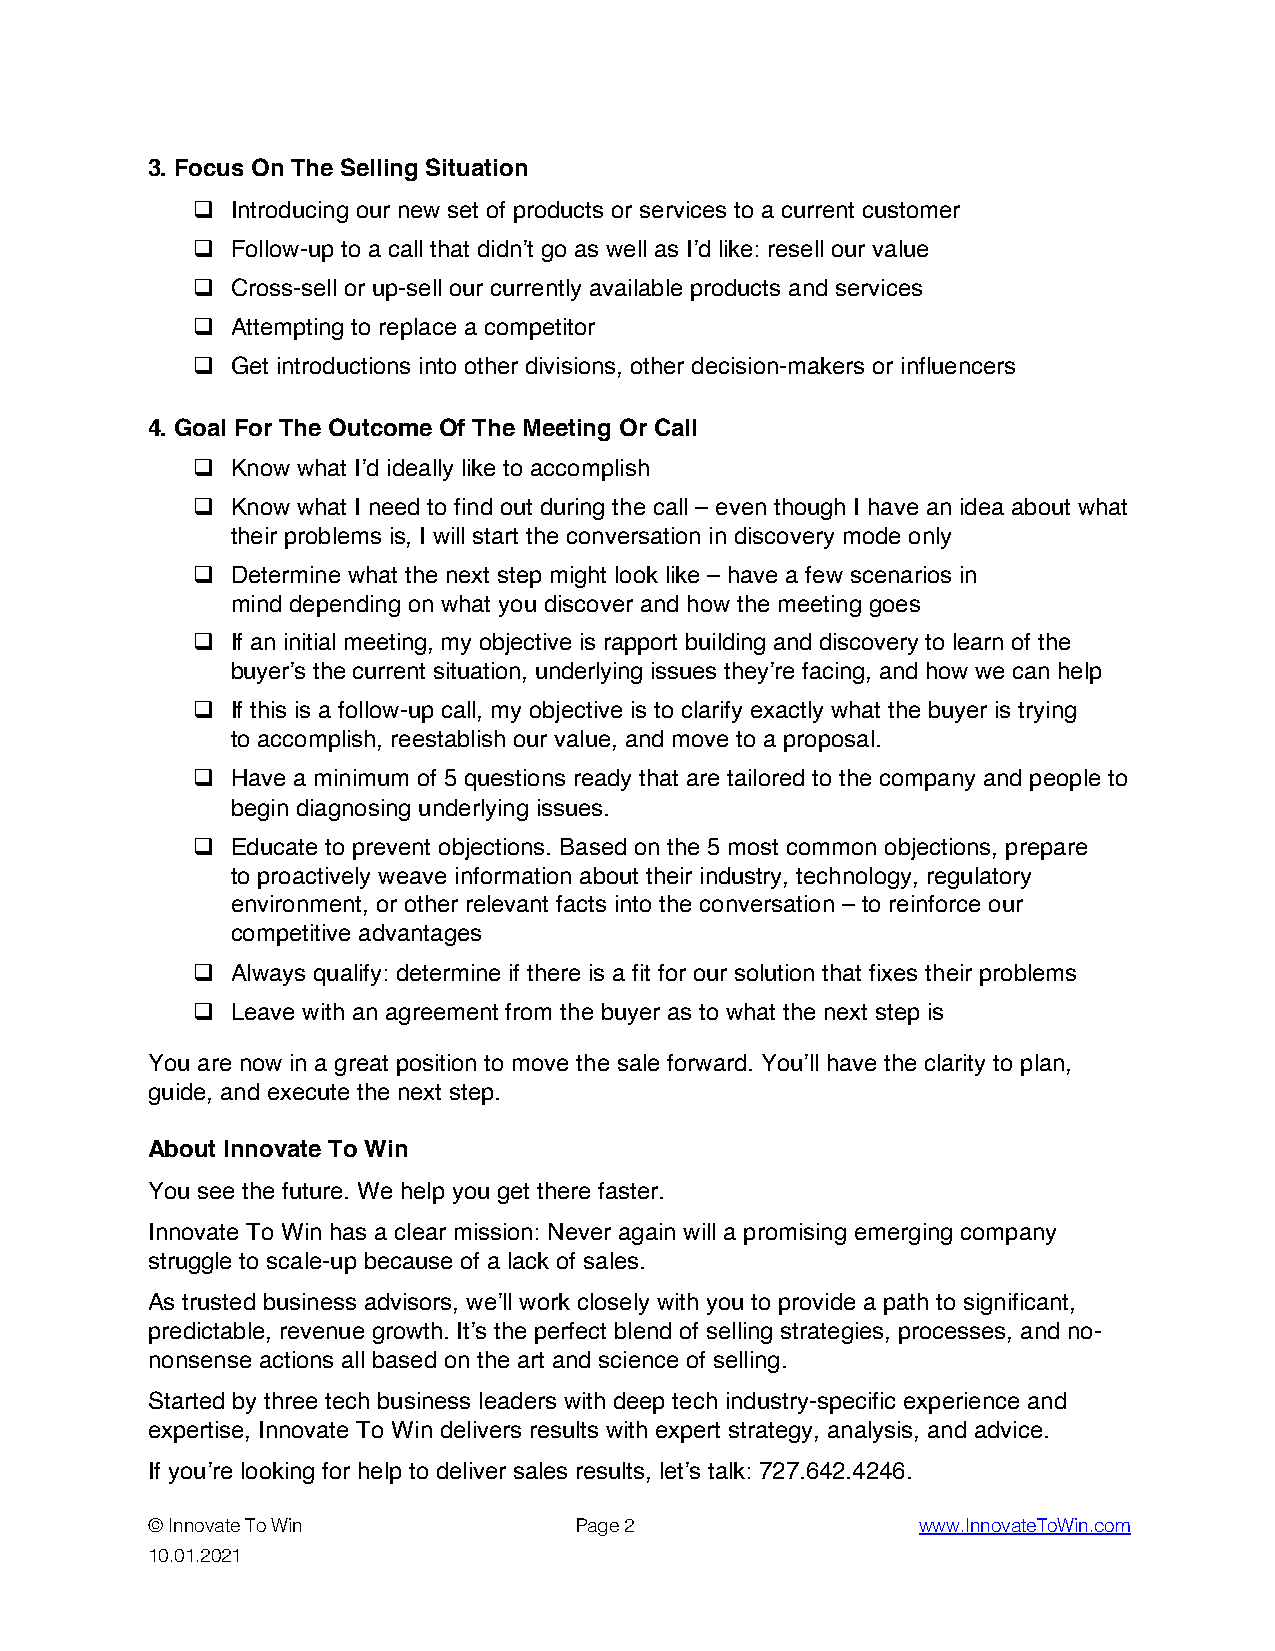
3. Focus On The Selling Situation
 q Introducing our new set of products or services to a current customer
 q Follow-up to a call that didn’t go as well as I’d like: resell our value
 q Cross-sell or up-sell our currently available products and services
 q Attempting to replace a competitor
 q Get introductions into other divisions, other decision-makers or influencers
 4. Goal For The Outcome Of The Meeting Or Call
 q Know what I’d ideally like to accomplish
 q Know what I need to find out during the call – even though I have an idea about what
 their problems is, I will start the conversation in discovery mode only
 q Determine what the next step might look like – have a few scenarios in
 mind depending on what you discover and how the meeting goes
 q If an initial meeting, my objective is rapport building and discovery to learn of the
 buyer’s the current situation, underlying issues they’re facing, and how we can help
 q If this is a follow-up call, my objective is to clarify exactly what the buyer is trying
 to accomplish, reestablish our value, and move to a proposal.
 q Have a minimum of 5 questions ready that are tailored to the company and people to
 begin diagnosing underlying issues.
 q Educate to prevent objections. Based on the 5 most common objections, prepare
 to proactively weave information about their industry, technology, regulatory
 environment, or other relevant facts into the conversation – to reinforce our
 competitive advantages
 q Always qualify: determine if there is a fit for our solution that fixes their problems
 q Leave with an agreement from the buyer as to what the next step is
 You are now in a great position to move the sale forward. You’ll have the clarity to plan,
 guide, and execute the next step.
 About Innovate To Win
 You see the future. We help you get there faster.
 Innovate To Win has a clear mission: Never again will a promising emerging company
 struggle to scale-up because of a lack of sales.
 As trusted business advisors, we’ll work closely with you to provide a path to significant,
 predictable, revenue growth. It’s the perfect blend of selling strategies, processes, and no-
 nonsense actions all based on the art and science of selling.
 Started by three tech business leaders with deep tech industry-specific experience and
 expertise, Innovate To Win delivers results with expert strategy, analysis, and advice.
 If you’re looking for help to deliver sales results, let’s talk: 727.642.4246.
 © Innovate To Win           Page 2                 www.InnovateToWin.com
 10.01.2021